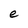
Character: e